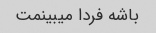
باشه فردا میبینمت